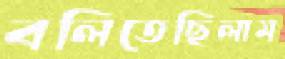
বলিতেছিলাম